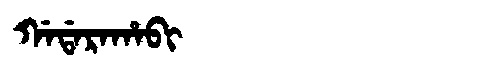
Manchu: ᡤᠠᡩᠠᡵᠠᡥᠠᠪᡳ
Romanization: GADARAHABI